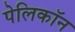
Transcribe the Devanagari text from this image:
पेलिकॉन